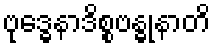
ဗုဒ္ဓေနာဒိစ္စဗန္ဓုနာတိ